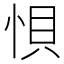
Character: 𭜼